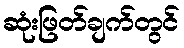
ဆုံးဖြတ်ချက်တွင်